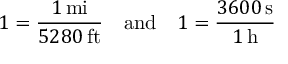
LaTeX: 1 = { \frac { 1 \, \mathrm { m i } } { 5 2 8 0 \, \mathrm { f t } } } \quad \mathrm { a n d } \quad 1 = { \frac { 3 6 0 0 \, \mathrm { s } } { 1 \, \mathrm { h } } }